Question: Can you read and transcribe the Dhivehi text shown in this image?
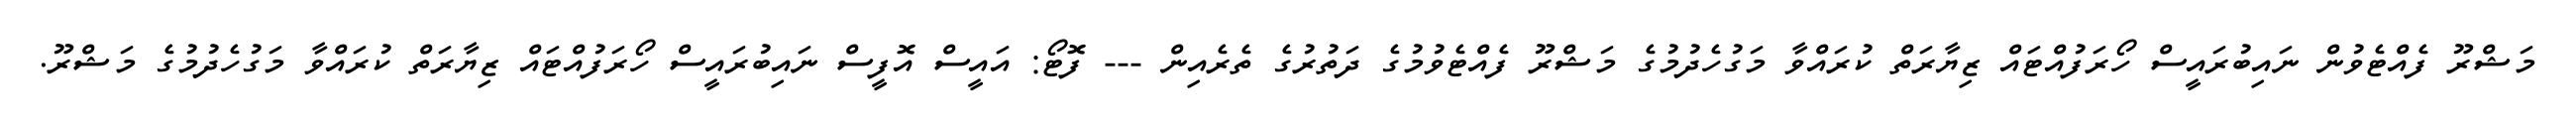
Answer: މަޝްރޫ ފެއްޓެވުން ނައިބުރައީސް ހޯރަފުއްޓައް ޒިޔާރަތް ކުރައްވާ މަގުހެދުމުގެ މަޝްރޫ ފެއްޓެވުމުގެ ދަތުރުގެ ތެރެއިން --- ފޮޓޯ: އައީސް އޮފީސް ނައިބުރައީސް ހޯރަފުއްޓައް ޒިޔާރަތް ކުރައްވާ މަގުހެދުމުގެ މަޝްރޫ.